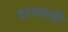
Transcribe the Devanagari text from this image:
इराणाची